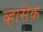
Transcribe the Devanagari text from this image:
व्हासेक